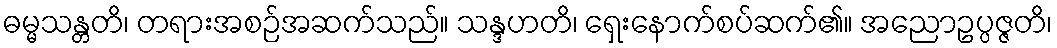
ဓမ္မသန္တတိ၊ တရားအစဉ်အဆက်သည်။ သန္ဒဟတိ၊ ရှေးနောက်စပ်ဆက်၏။ အညောဥပ္ပဇ္ဇတိ၊